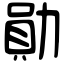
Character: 勛